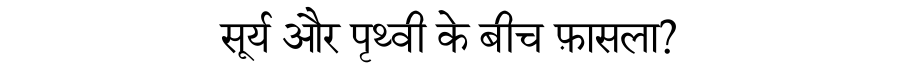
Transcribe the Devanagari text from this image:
सूर्य और पृथ्वी के बीच फ़ासला?